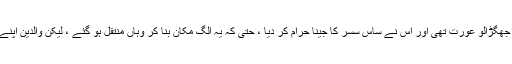
اس کی بیوی بڑی ہی بد اخلا ق اور جھگڑالو عورت تھی اور اس نے ساس سسر کا جینا حرام کر دیا ، حتٰی کہ یہ الگ مکان بنا کر وہاں منتقل ہو گئے ، لیکن والدین اپنے پرانے کچے مکان میں مقیم رہے ۔